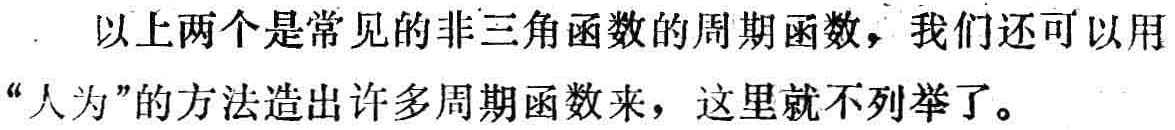
以上两个是常见的非三角函数的周期函数，我们还可以用“人为”的方法造出许多周期函数来，这里就不列举了。